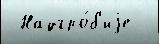
 Надгро́б'иjе